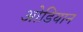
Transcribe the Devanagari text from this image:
ओडियान